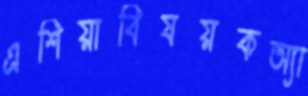
এশিয়াবিষয়কঅ্যা